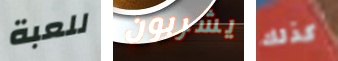
للعبة يشربون كذلك